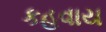
કહવાય